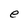
Character: e